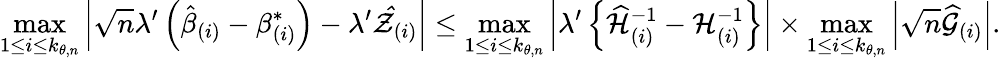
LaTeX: \operatorname*{max}_{1\leq i\leq k_{\theta,n}}\left\vert\sqrt{n}\lambda^{\prime}\left(\hat{\beta}_{(i)}-\beta_{(i)}^{\ast}\right)-\lambda^{\prime}\mathcal{\hat{Z}}_{(i)}\right\vert\leq\operatorname*{max}_{1\leq i\leq k_{\theta,n}}\left\vert\lambda^{\prime}\left\{ \widehat{\mathcal{H}}_{(i)}^{-1}-\mathcal{H}_{(i)}^{-1}\right\} \right\vert\times\operatorname*{max}_{1\leq i\leq k_{\theta,n}}\left\vert\sqrt{n}\widehat{\mathcal{G}}_{(i)}\right\vert.